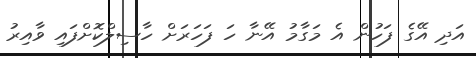
އަދި އޭގެ ފަހުން އެ މަގާމު އޭނާ ހަ ފަހަރަށް ހާސިލްކޮށްފައި ވާއިރު